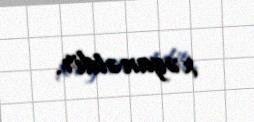
xəyanətdir.